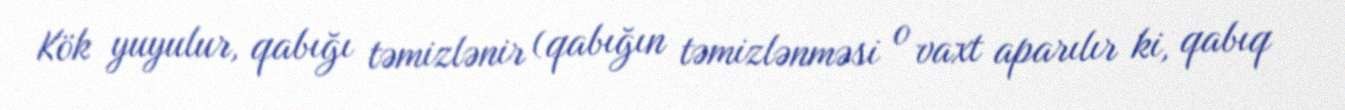
Kök yuyulur, qabığı təmizlənir (qabığın təmizlənməsi o vaxt aparılır ki, qabıq